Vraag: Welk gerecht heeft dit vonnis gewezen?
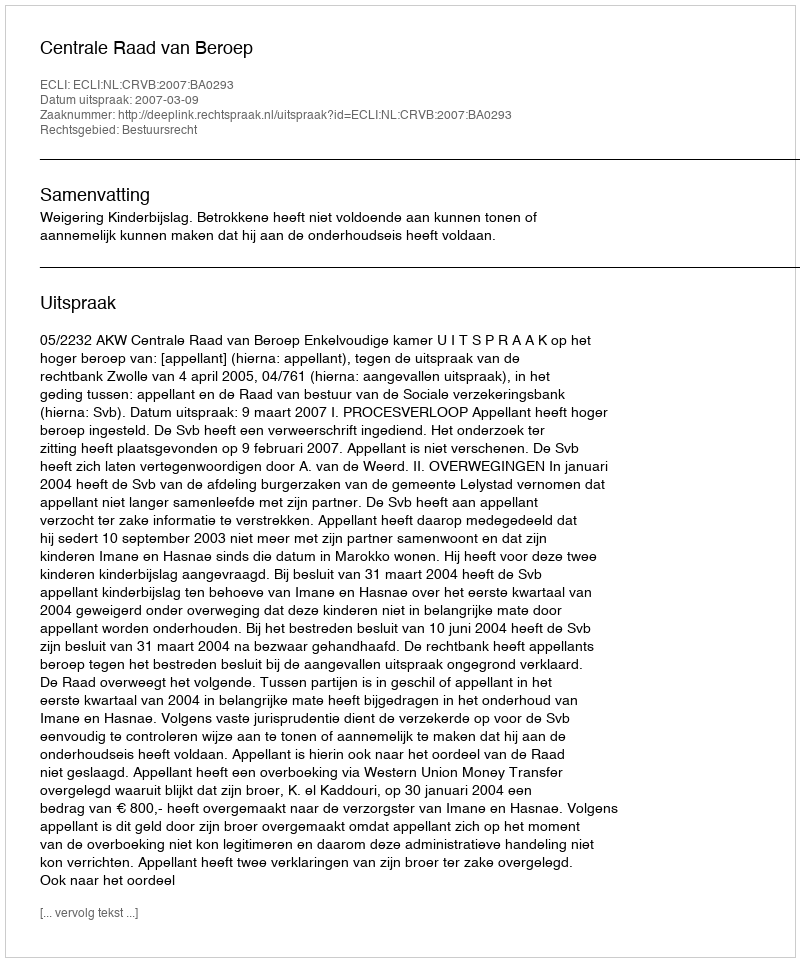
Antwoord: Centrale Raad van Beroep